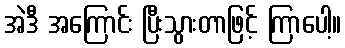
အဲဒီ အကြောင်း ပြီးသွားတာဖြင့် ကြာပေါ့။